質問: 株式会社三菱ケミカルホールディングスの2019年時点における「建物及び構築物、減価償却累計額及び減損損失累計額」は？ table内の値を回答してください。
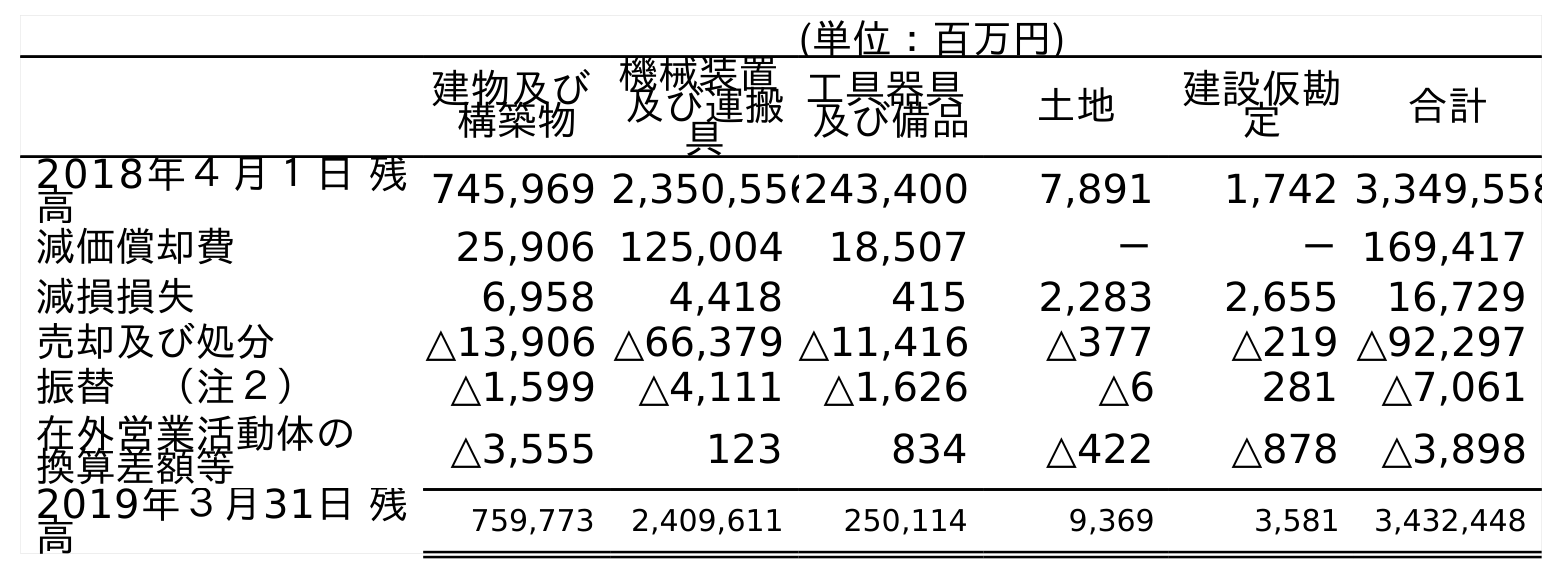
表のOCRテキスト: (単位：百万円) 建物及び 構築物 機械装置 及び運搬 具 工具器具 及び備品 土地 建設仮勘 定 合計 2018年４月１日 残 高 745,969 2,350,556243,400 7,891 1,742 3,349,558 減価償却費 25,906 125,004 18,507 － －169,417 減損損失 6,958 4,418 415 2,283 2,655 16,729 売却及び処分 △13,906 △66,379 △11,416 △377 △219 △92,297 振替 （注２） △1,599 △4,111 △1,626 △6 281 △7,061 在外営業活動体の 換算差額等 △3,555 123 834 △422 △878 △3,898 2019年３月31日 残 高 759,773 2,409,611 250,114 9,369 3,581 3,432,448
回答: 759,773